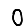
Digit: 0